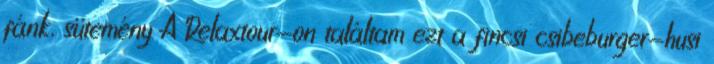
fánk, sütemény A Relaxtour-on találtam ezt a fincsi csibeburger-husi